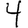
Digit: 4